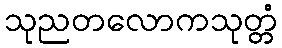
သုညတလောကသုတ္တံ